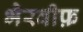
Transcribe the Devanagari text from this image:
भैरवीफ़